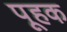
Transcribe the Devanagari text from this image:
पूहक